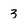
Character: 3